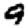
Digit: 9